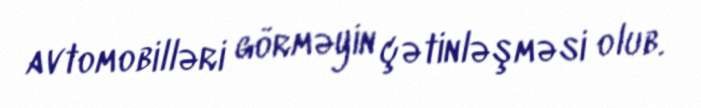
avtomobilləri görməyin çətinləşməsi olub.